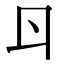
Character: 𠁾